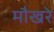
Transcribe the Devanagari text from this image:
मौखरे